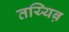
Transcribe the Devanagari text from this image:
तय्यिब़